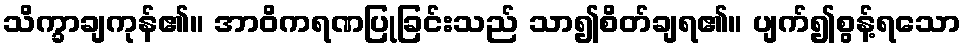
သိက္ခာချကုန်၏။ အာဝိကရဏပြုခြင်းသည် သာ၍စိတ်ချရ၏။ ပျက်၍စွန့်ရသော